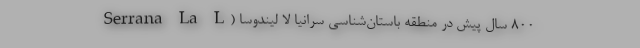
۸۰۰ سال پیش در منطقه باستان‌شناسی سرانیا لا لیندوسا (Serrana La L